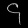
Digit: ၄